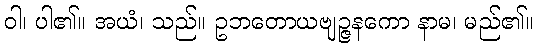
ဝါ၊ ပါ၏။ အယံ၊ သည်။ ဥဘတောယဗျဉ္ဇနကော နာမ၊ မည်၏။